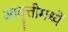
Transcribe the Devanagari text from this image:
आवृत्तीमध्यें